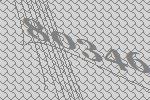
80346